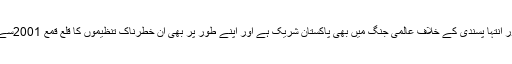
دہشت گردی اور انتہا پسندی کے خلاف عالمی جنگ میں بھی پاکستان شریک ہے اور اپنے طور پر بھی ان خطرناک تنظیموں کا قلع قمع 2001سے کیا جارہا ہے۔